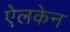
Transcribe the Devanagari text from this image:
ऐलकेन